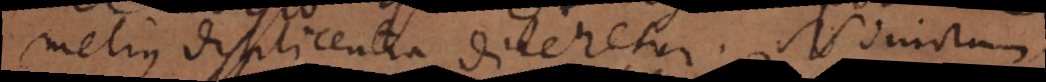
melius displicentia diceretur. Nimirum